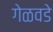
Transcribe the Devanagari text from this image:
गेळवडे